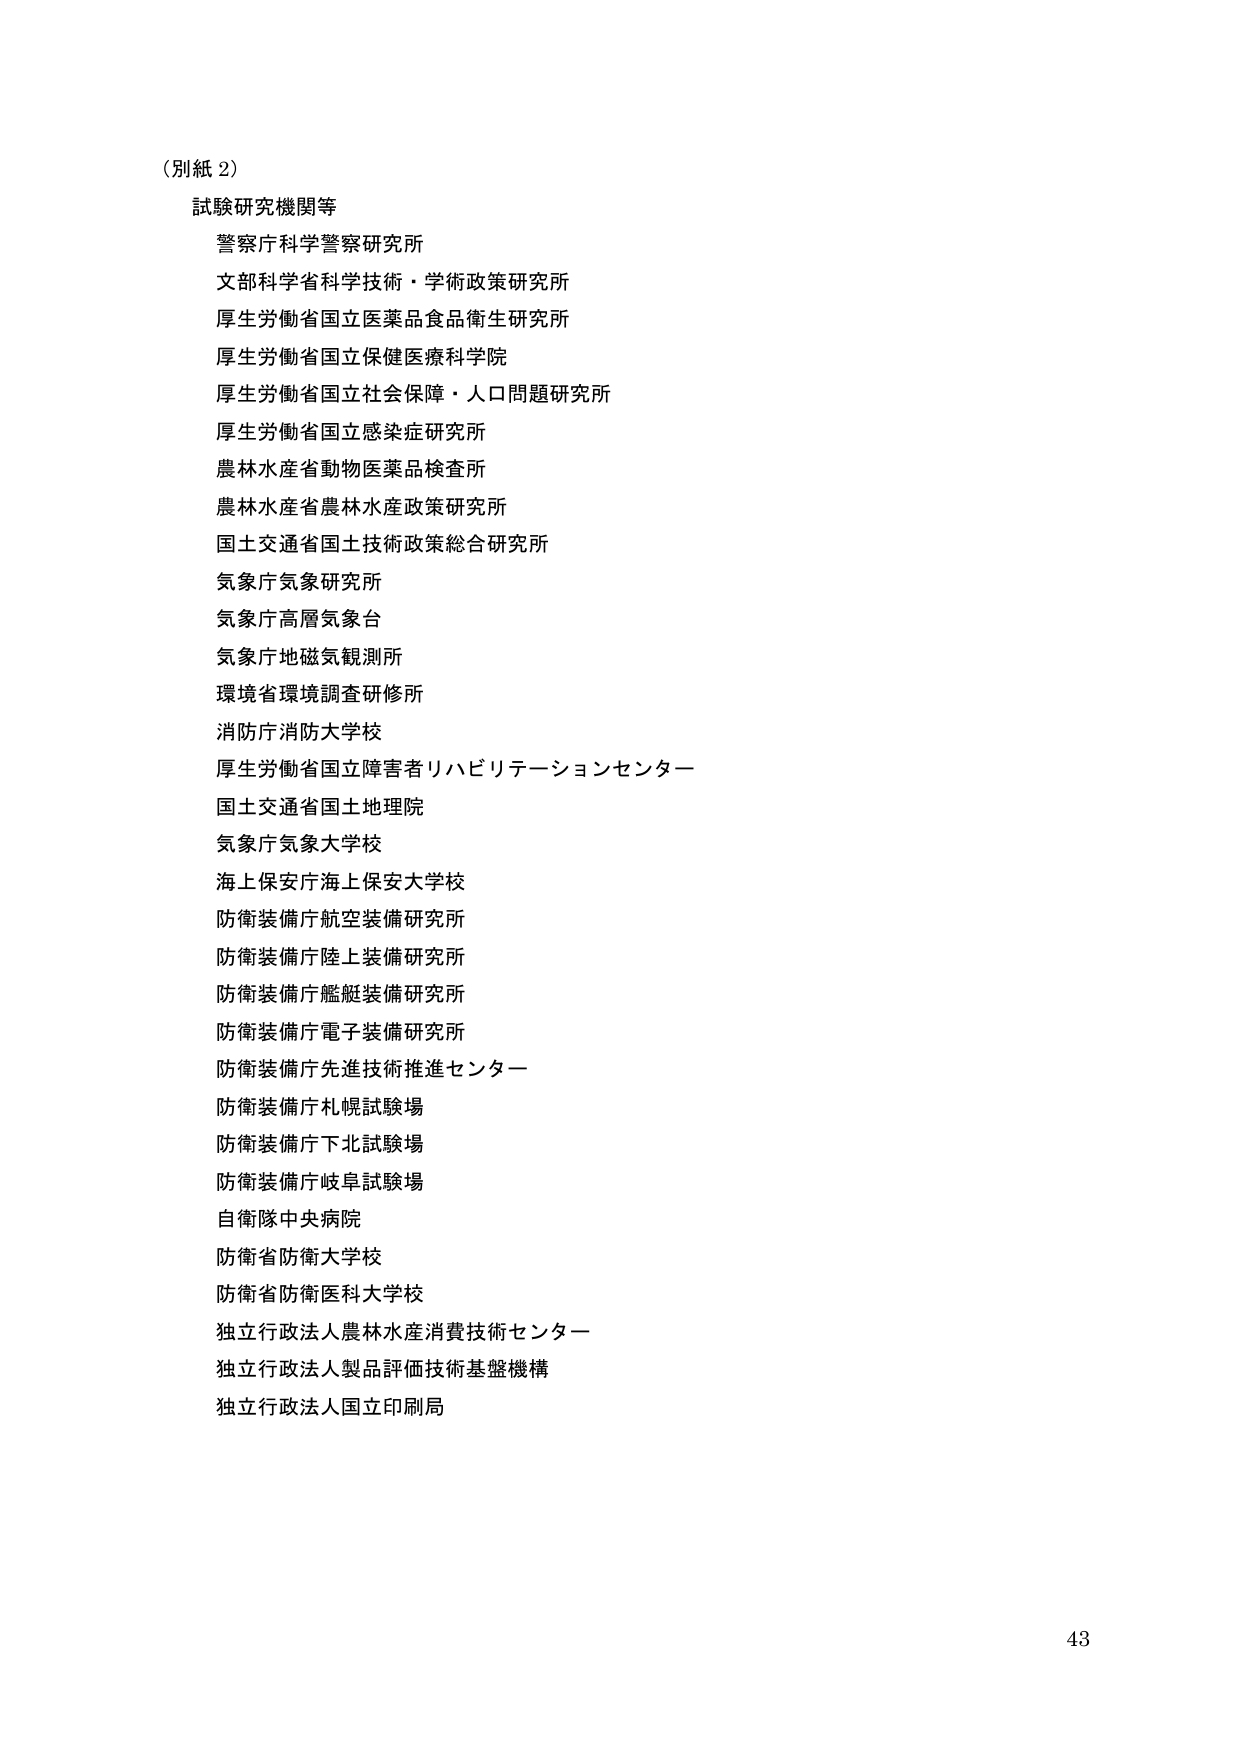
（別紙 2）

試験研究機関等
警察庁科学警察研究所
文部科学省科学技術・学術政策研究所
厚生労働省国立医薬品食品衛生研究所
厚生労働省国立保健医療科学院
厚生労働省国立社会保障・人口問題研究所
厚生労働省国立感染症研究所
農林水産省動物医薬品検査所
農林水産省農林水産政策研究所
国土交通省国土技術政策総合研究所
気象庁気象研究所
気象庁高層気象台
気象庁地磁気観測所
環境省環境調査研修所
消防庁消防大学校
厚生労働省国立障害者リハビリテーションセンター
国土交通省国土地理院
気象庁気象大学校
海上保安庁海上保安大学校
防衛装備庁航空装備研究所
防衛装備庁陸上装備研究所
防衛装備庁艦艇装備研究所
防衛装備庁電子装備研究所
防衛装備庁先進技術推進センター
防衛装備庁札幌試験場
防衛装備庁下北試験場
防衛装備庁岐阜試験場
自衛隊中央病院
防衛省防衛大学校
防衛省防衛医科大学校
独立行政法人農林水産消費技術センター
独立行政法人製品評価技術基盤機構
独立行政法人国立印刷局

43